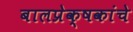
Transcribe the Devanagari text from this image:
बालप्रेक्षकांचे